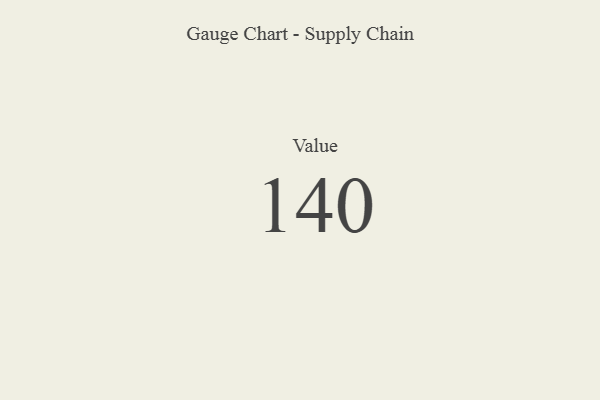
{"axis": {"x": "Metric", "y": "Value"}, "legend": [""], "data": [{"x": "Value", "y": 140, "type": ""}]}